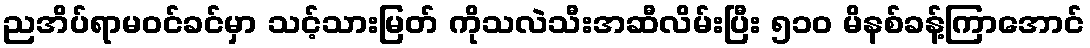
ညအိပ်ရာမဝင်ခင်မှာ သင့်သားမြတ် ကိုသလဲသီးအဆီလိမ်းပြီး ၅၁၀ မိနစ်ခန့်ကြာအောင်